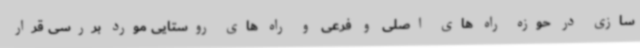
سازی در حوزه راه های اصلی و فرعی و راه های روستایی مورد بررسی قرار